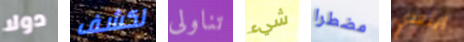
دولا لكشف تناولى شيء مضطرا ابتعدي